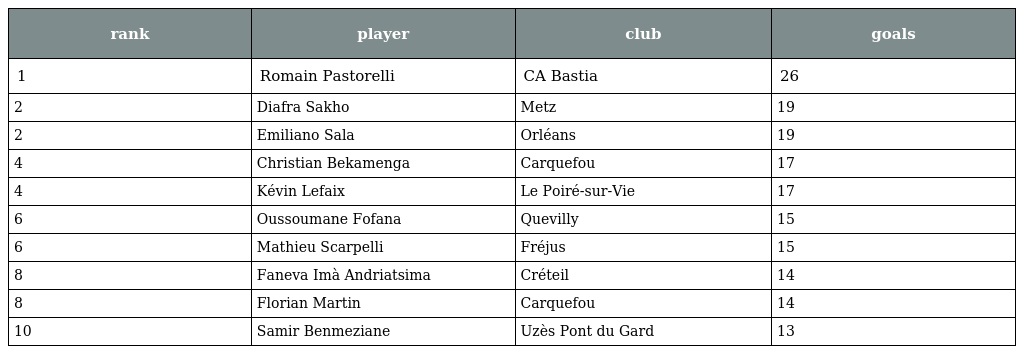
| rank | player | club | goals |
 | --- | --- | --- | --- |
 | 1 | Romain Pastorelli | CA Bastia | 26 |
 | 2 | Diafra Sakho | Metz | 19 |
 | 2 | Emiliano Sala | Orléans | 19 |
 | 4 | Christian Bekamenga | Carquefou | 17 |
 | 4 | Kévin Lefaix | Le Poiré-sur-Vie | 17 |
 | 6 | Oussoumane Fofana | Quevilly | 15 |
 | 6 | Mathieu Scarpelli | Fréjus | 15 |
 | 8 | Faneva Imà Andriatsima | Créteil | 14 |
 | 8 | Florian Martin | Carquefou | 14 |
 | 10 | Samir Benmeziane | Uzès Pont du Gard | 13 |